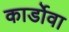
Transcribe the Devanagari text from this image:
कार्डोवा